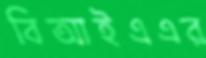
বিআইএএর